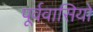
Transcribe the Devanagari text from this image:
पूर्ववासियों